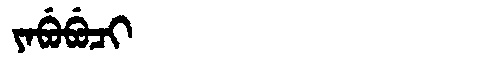
Manchu: ᠶᠠᠪᡠᠪᡠᠴᡳ
Romanization: YABUBUCI